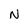
Character: N